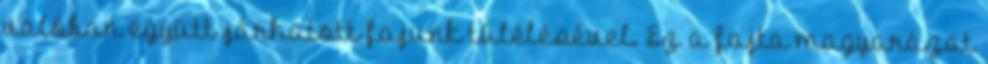
valóban együtt járhatott fajunk túlélésével. Ez a fajta magyarázat